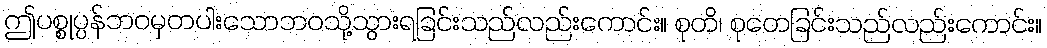
ဤပစ္စုပ္ပန်ဘဝမှတပါးသောဘဝသို့သွားရခြင်းသည်လည်းကောင်း။ စုတိ၊ စုတေခြင်းသည်လည်းကောင်း။